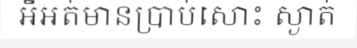
អីអត់មានប្រាប់សោះ ស្ងាត់